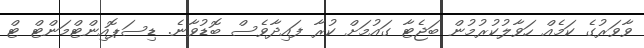
ވާވަރުގެ ކަމެއް ހަވާލުކުރުމުން ބަޖެޓާ ގައުމަށް ކުރާ ފައިދާވެސް ބޮޑުވާނެ. ޑިސަޕޮއިންޓްމަންޓް ޓް